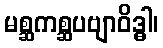
မစ္ဆကစ္ဆပဗျာဝိဒ္ဓါ၊